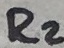
Text: R2